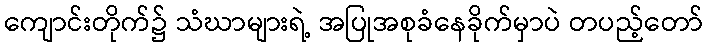
ကျောင်းတိုက်၌ သံဃာများရဲ့ အပြုအစုခံနေခိုက်မှာပဲ တပည့်တော်